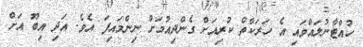
ހުއްޓާނުލައްވައި އެ ހަރަކާތް ކުރިއަށް ގެންދިއުމަށް ނިންމައިފަ އެވެ. އަދި އިބޫ އަށް